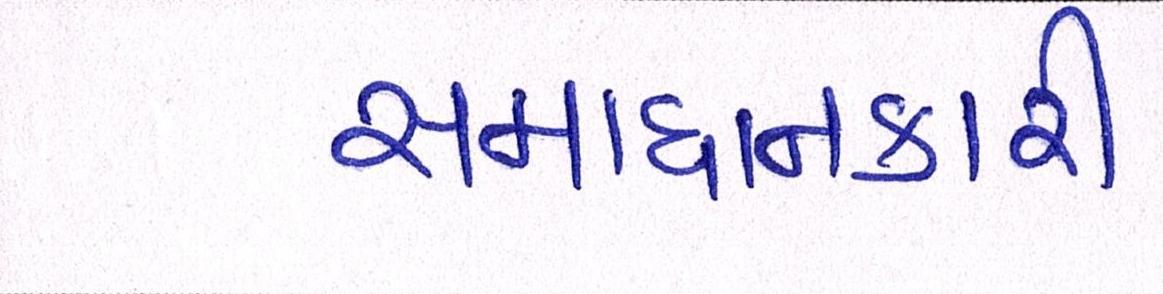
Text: સમાધાનકારી